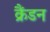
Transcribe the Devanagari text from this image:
क्रैंडन